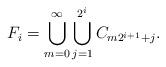
LaTeX: \begin{align*}F_i = \bigcup_{m=0}^{\infty} \bigcup_{j=1}^{2^i} C_{m2^{i+1}+j} . \end{align*}